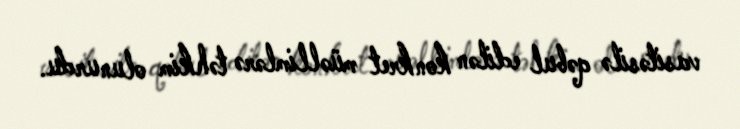
vasitəsilə qəbul edilən konkret müəllimlərə təhkim olunurdu.